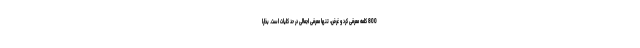
800 کلمه معرفی کرد و غرض، تنها معرفی اجمالی در حد کلیات است. بخارا